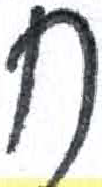
אות: ח